Tezpur Lunatic Asylum reports 1877-1894 - 1877-1894
Year: 1877
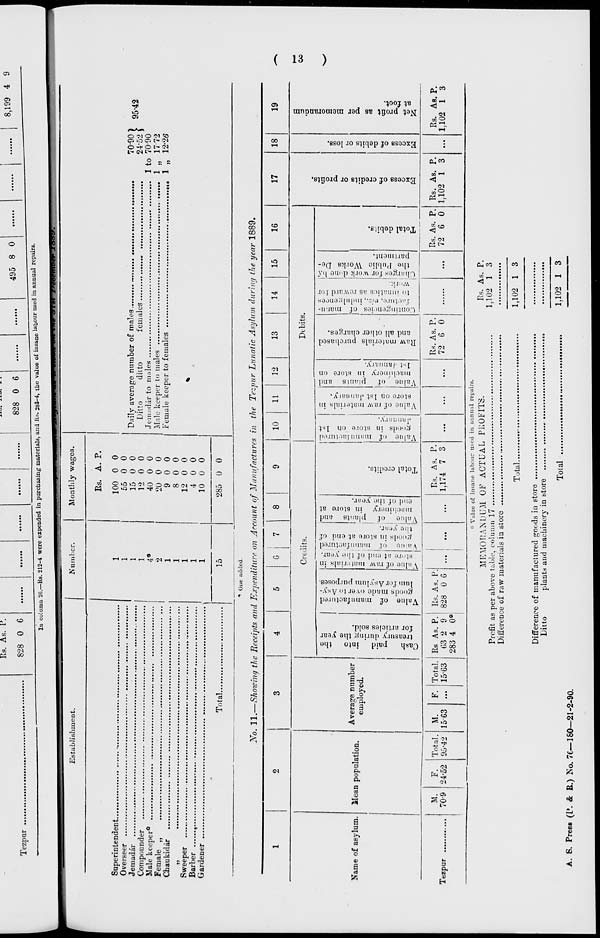
Tezpur
Rs. As. l\
828 0 6
828 0 6
495 8 0
8,199 4 9
ID column 26
.....
.-KB. 212-4 were expended in purcbasing materials, and Bs. 283-4, the value oi insane labour used in annual repairs.
Establishment.
.Number.
Monthly wages.
Superintendent.
Overseer
Jemadar
Conipounder
Male keeper 0 .
Female „
Chaukidar
Sweeper
Barber ..
Gardener
Total.
1
1
1
1
4«
2
1
1
1
1
1
15
Rs. A. P.
100 0 0
55 0 0
15 0 0
12 0 0
40 0 0
20 0 0
9 0 0
8 0 0
12 0 0
4 0 0
10 U 0
285 0 0
Daily average number of males
_
70'90 )
Ditto
diito
females
24*52 $
Jemadarto males
1 to 7090
Male keeper to males
1 „ 1772
Female keeper to females
,« 1 „ 12*26
9542
**• One added.
No. ll.—Showinrj the Beceipts and Expenditure on Account of Manufactures in the Tezpur Lunatic Asylum during the year 1889.
1
2
3
4
5
0 I 7
I
8
9
10
11
12
13
14
15
16
17
18
19
Mean population.
Average number
employed.
Creuits.
Dibits.
OB
«3 o u
a,
--■
O
09
^3
09
■-■
o
«H
O
00
00
<D
O
H
00
00
O
*H
o
os
13
09
T3
'—
O
00
oo
to
o
a
-3
s
r-i
o
s
o
a
r-i
09
CS
«a
«a .
— o
£*
Name of asylum.
to
C -=
.5 bed
.S'o
m
00 S
a; £ O
a ~ «H
O
c ■ <*■. o
^ < o
"3 n C
« — 3
E O _
s : "■
— *
•4-1 - <3
o a u
ffi - -
>
P °
Is
- i;
00
§ S £
->
1
J c j:
° 2 —
3 C O
00
o
"o
H
T c
i o
E *"
2 oo
00 ~
"5 cTc-":
>
o ® =
■-— 5
2 "^ "^
«
as •
« oo
— «
— —
P s 2
c: *ZJ
E *
PS
i S .3
«*-! ^** CJ
C £ -
•— 30
00
- ~
.2 . ; J oo
2 £ .2
a
i
<--
i
5 00
*| c P-
•f.2 .
-° 3 e
* ? 2
© — B
iO
-
= 25
_= C! a
CD
<s
•-d
o
EH
M.
709
F.
24-52
Total.
95-42
M.
1563
F. Total.
15-03
Rs As. P.
03 2 9
283 4 0°
Rs. As. P.
828 0 0 ...
...
!
...
Rs. As. P.
1,174 7 3
...
...
...
Rs. As. P.
72 6 0
...
Rs. As. P.
72 6 0
Rs. As. P.
1,102 1 3 ...
Rs. As. P.
1,102 1 3
Value of insane labour used in atiniuil repairs.
MEMORANDUM OF ACTUAL PROFITS.
Profit as per above table, column 17
Difference of raw materials in store
Total.
Difference of manufactured goods in 6tore
Litto
plants and machinery in btore
Total
Rs. As. P.
1,102 1 3
1,102 1 3
1,102 1 3
A. 6. PresB (L». & B.) No. 76—180—21-2-90.
Oo